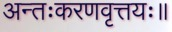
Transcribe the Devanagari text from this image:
अन्तःकरणवृत्तयः॥